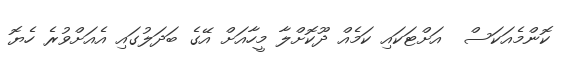
ކޮންމެއަކަސް  އަށްޓަކައި ކަމެއް ދޫކޮށްލާ މީހާއަށް އޭގެ ބަދަލުގައި އެއަށްވުރެ ހެޔޮ